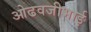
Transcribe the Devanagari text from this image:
ओढवजीभाई